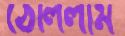
ঠেলিলাম